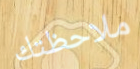
ملاحظتك